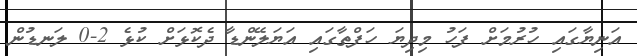
އަނިޔާގައި ހުރުމަށް ފަހު މިދިޔަ ހަފްތާގައި އަޔަލޭންޑާ ދެކޮޅަށް ކުޅެ 2-0 ލަނޑުން